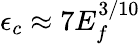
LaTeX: \epsilon_{c}\approx 7E_{f}^{3/10}